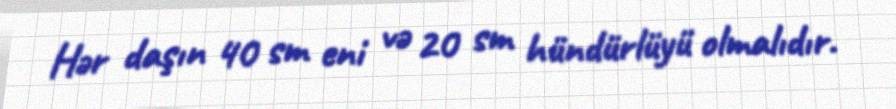
Hər daşın 40 sm eni və 20 sm hündürlüyü olmalıdır.